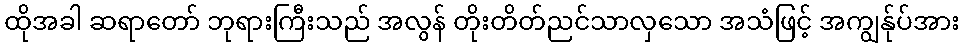
ထိုအခါ ဆရာတော် ဘုရားကြီးသည် အလွန် တိုးတိတ်ညင်သာလှသော အသံဖြင့် အကျွန်ုပ်အား